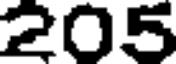
205